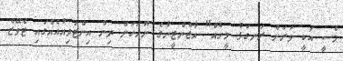
މެސީ އަކީ ވަރަށް ރަނގަޅު މީހެއް" އާޖެންޓީނާގެ ނޫހަކަށް ދިން އިންޓަވިއުއެއްގައި ޓެވޭޒް